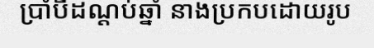
ប្រាំបីដណ្តប់ឆ្នាំ នាងប្រកបដោយរូប